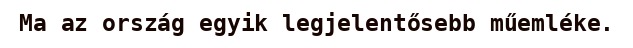
Ma az ország egyik legjelentősebb műemléke.